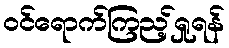
ဝင်ရောက်ကြည့်ရှုရန်